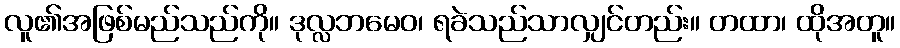
လူ၏အဖြစ်မည်သည်ကို။ ဒုလ္လဘမေဝ၊ ရခဲသည်သာလျှင်တည်း။ တထာ၊ ထိုအတူ။